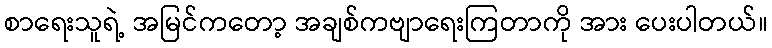
စာရေးသူရဲ့ အမြင်ကတော့ အချစ်ကဗျာရေးကြတာကို အား ပေးပါတယ်။